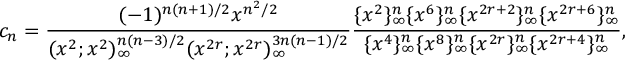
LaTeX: c _ { n } = \frac { ( - 1 ) ^ { n ( n + 1 ) / 2 } x ^ { n ^ { 2 } / 2 } } { ( x ^ { 2 } ; x ^ { 2 } ) _ { \infty } ^ { n ( n - 3 ) / 2 } ( x ^ { 2 r } ; x ^ { 2 r } ) _ { \infty } ^ { 3 n ( n - 1 ) / 2 } } \frac { \{ x ^ { 2 } \} _ { \infty } ^ { n } \{ x ^ { 6 } \} _ { \infty } ^ { n } \{ x ^ { 2 r + 2 } \} _ { \infty } ^ { n } \{ x ^ { 2 r + 6 } \} _ { \infty } ^ { n } } { \{ x ^ { 4 } \} _ { \infty } ^ { n } \{ x ^ { 8 } \} _ { \infty } ^ { n } \{ x ^ { 2 r } \} _ { \infty } ^ { n } \{ x ^ { 2 r + 4 } \} _ { \infty } ^ { n } } ,